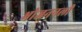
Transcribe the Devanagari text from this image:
भोजननली